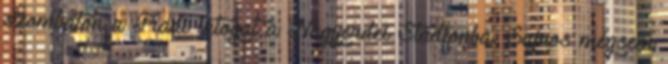
szombaton a Fradi látogat a Nagyerdei Stadionba. Sajnos mégsem